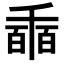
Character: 𠃇